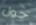
حول